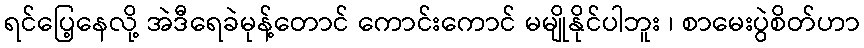
ရင်ပြေ့နေလို့ အဲဒီရေခဲမုန့်တောင် ကောင်းကောင် မမျိုနိုင်ပါဘူး ၊ စာမေးပွဲစိတ်ဟာ